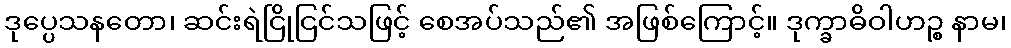
ဒုပ္ပေသနတော၊ ဆင်းရဲငြိုငြင်သဖြင့် စေအပ်သည်၏ အဖြစ်ကြောင့်။ ဒုက္ခာဓိဝါဟဉ္စ နာမ၊